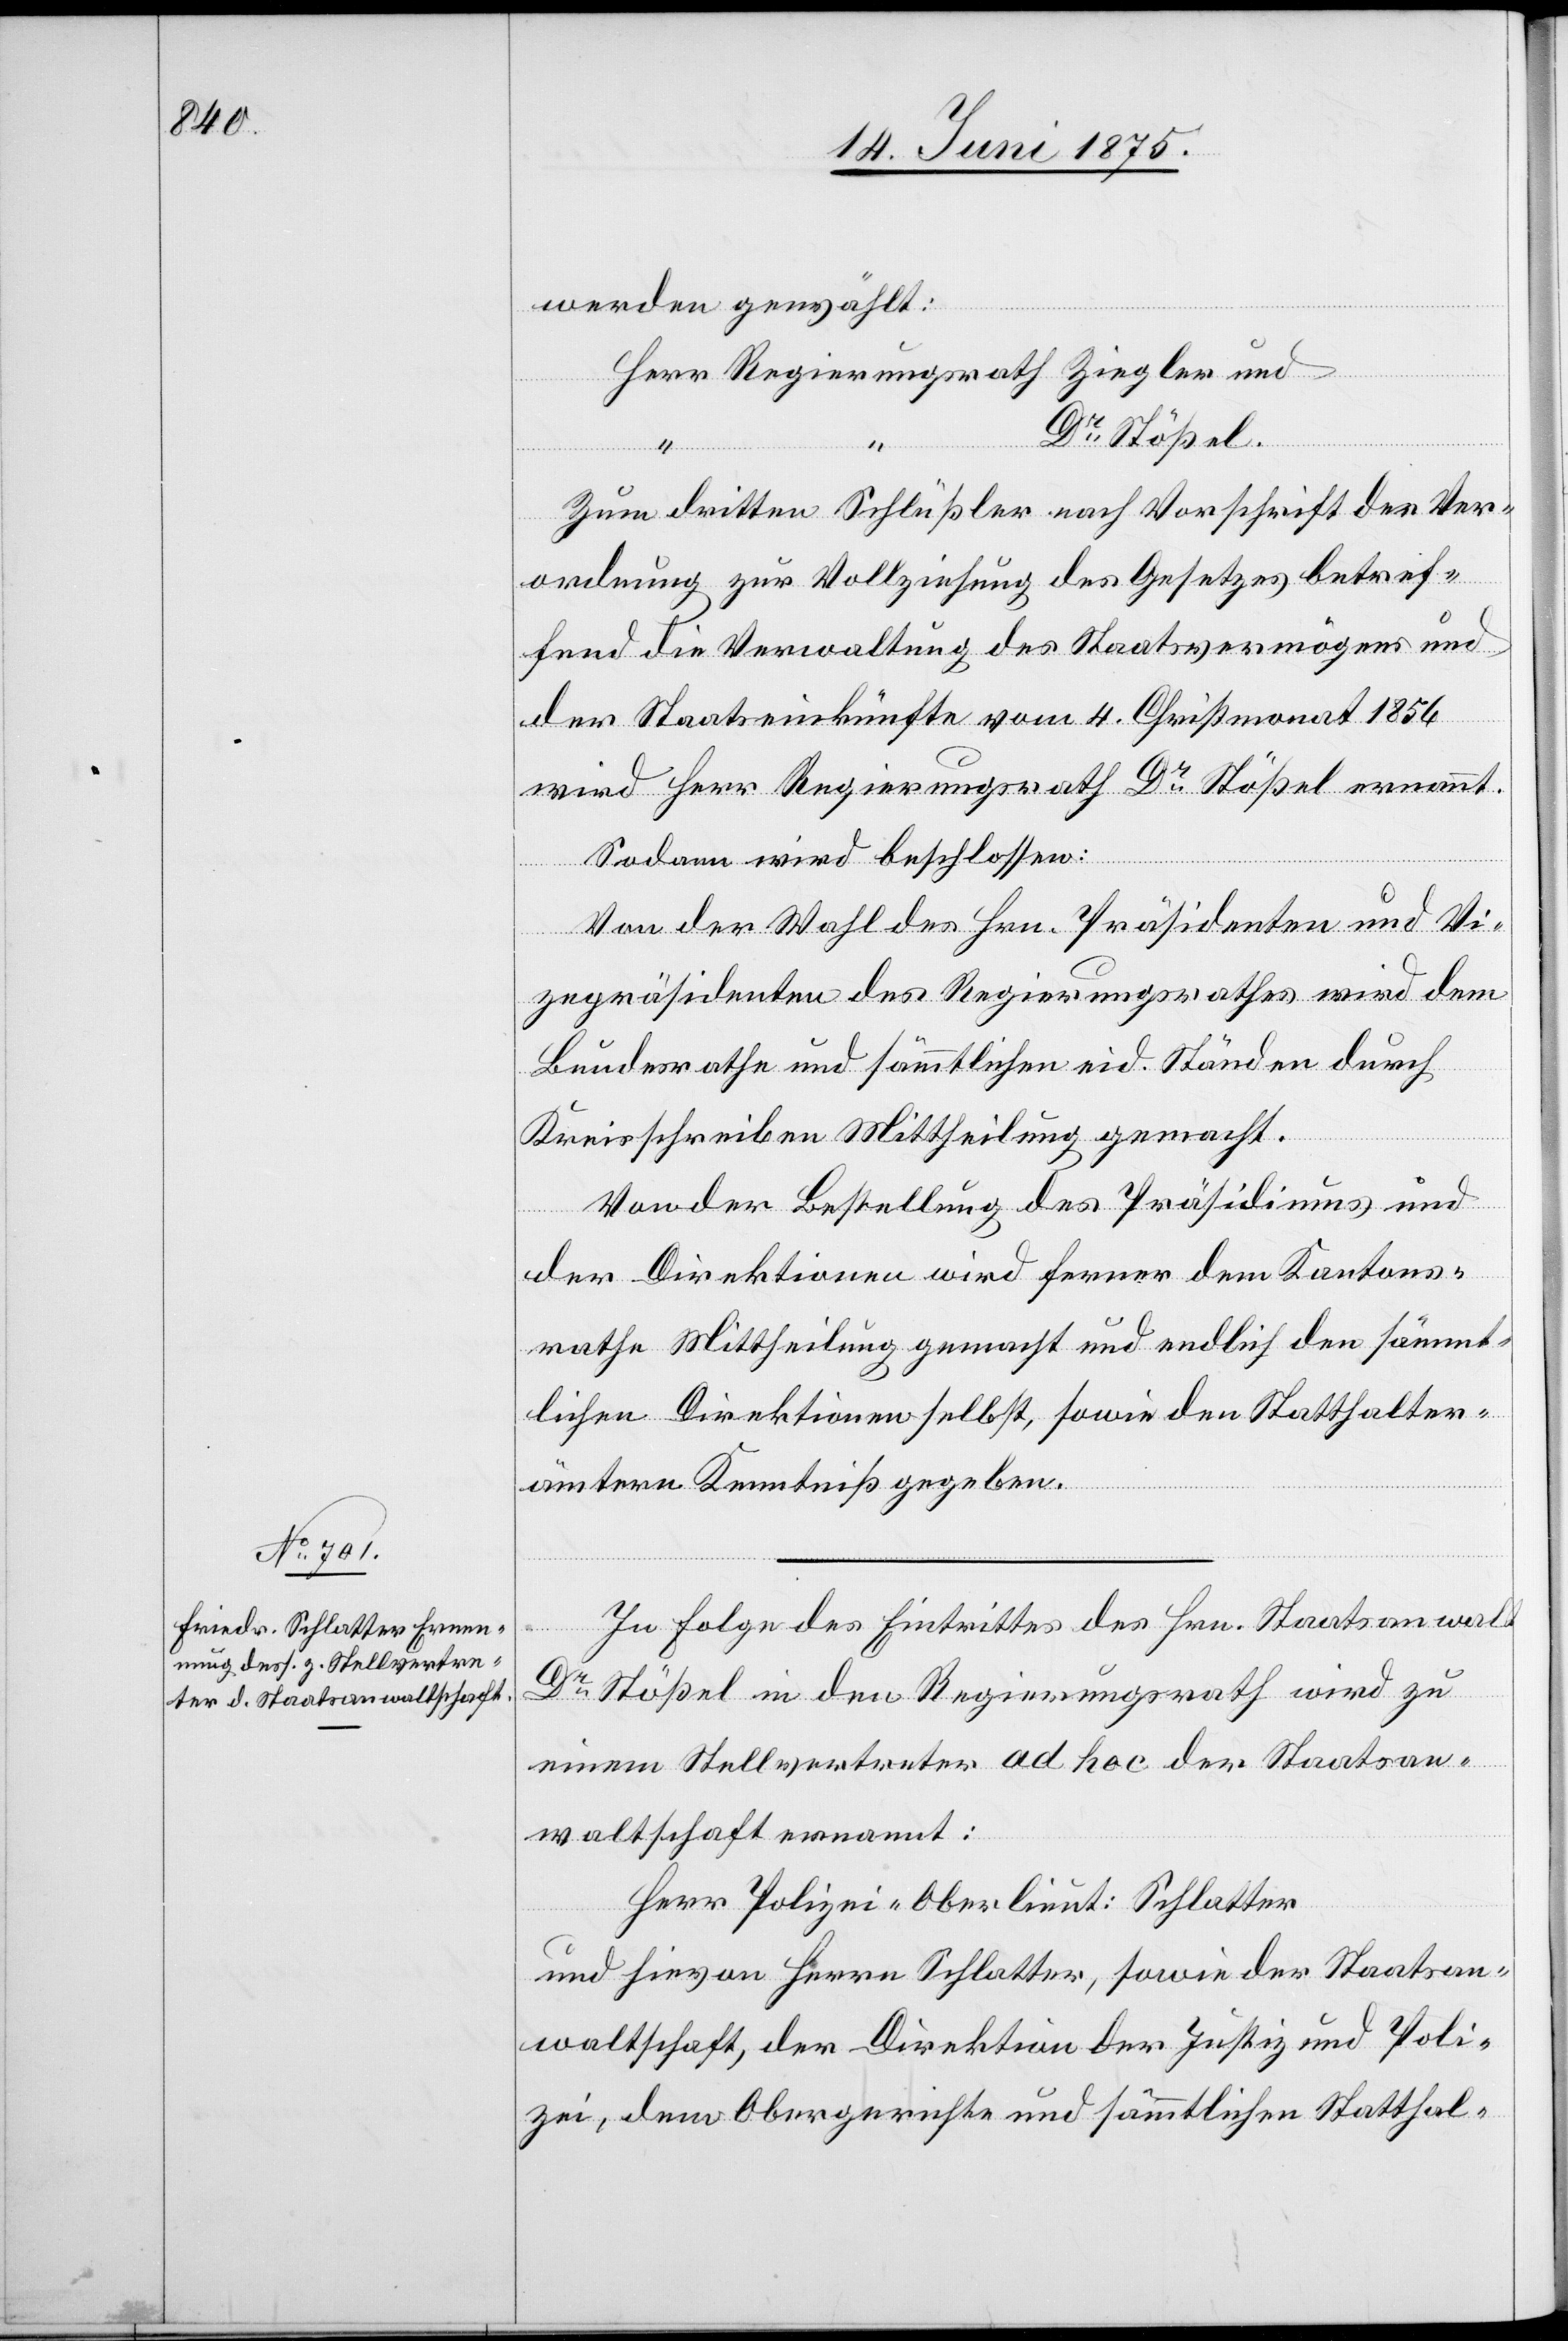
werden gewählt:
Dr Stößel.
Zum dritten Schlüßler nach Vorschrift der Ver¬
ordnung zur Vollziehung des Gesetzes betref¬
fend die Verwaltung des Staatsvermögens und
der Staatseinkünfte vom 4. Christmonat 1856
wird Herr Regierungsrath Dr Stößel ernannt.
Sodann wird beschlossen:
und
Von der Wahl des Hrn. Präsidenten und Vi¬
zepräsidenten des Regierungsrathes wird dem
Bundesrathe und sämmtlichen eid. Ständen durch
Kreisschreiben Mittheilung gemacht.
Von der Bestellung des Präsidiums und
der Direktionen wird ferner dem Kantons¬
rathe Mittheilung gemacht und endlich den sämmt¬
lichen Direktionen selbst, sowie den Statthalter¬
ämtern Kenntniß gegeben.
In Folge des Eintrittes des Hrn. Staatsanwalt
Regie¬
Dr Stößel in den Regierungsrath wird zu
einem Stellvertreter ad hoc der Staatsan¬
waltschaft ernannt:
Herr Polizei-Oberlieut: [sic!] Schlatter
und hievon Herrn Schlatter, sowie der Staatsan¬
waltschaft, der Direktion der Justiz und Poli¬
zei, dem Obergerichte und sämmtlichen Statthal-